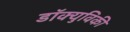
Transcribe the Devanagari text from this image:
डॉक्युविकी